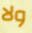
ولا